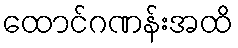
ထောင်ဂဏန်းအထိ